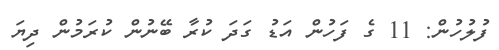
ފުލުހުން: 11 ގެ ފަހުން އަޑު ގަދަ ކުރާ ބޭނުން ކުރަމުން ދިޔަ